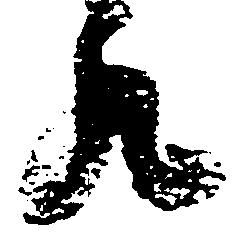
丸